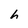
Character: h